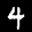
Label: 4